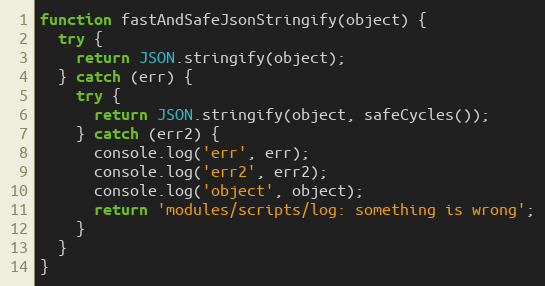
Language: JavaScript
function fastAndSafeJsonStringify(object) {
  try {
    return JSON.stringify(object);
  } catch (err) {
    try {
      return JSON.stringify(object, safeCycles());
    } catch (err2) {
      console.log('err', err);
      console.log('err2', err2);
      console.log('object', object);
      return 'modules/scripts/log: something is wrong';
    }
  }
}